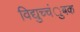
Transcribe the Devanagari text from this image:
विद्युच्चंुबक